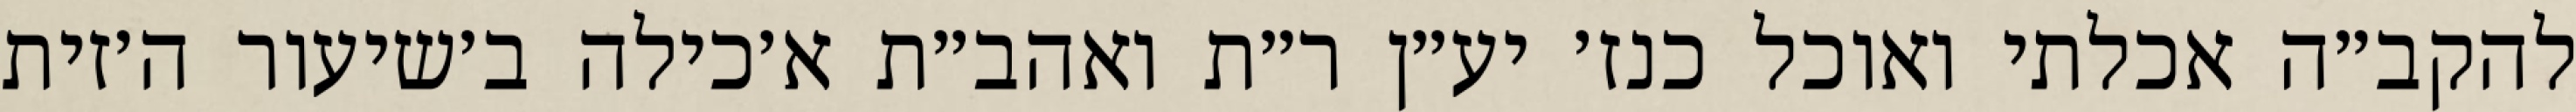
להקב״ה אכלתי ואוכל כנז׳ יע״ן ר״ת ואהב״ת א׳כילה ב׳שיעור ה׳זית